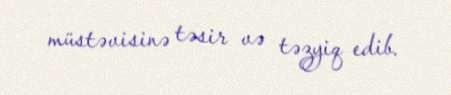
müstəvisinə təsir və təzyiq edib.